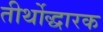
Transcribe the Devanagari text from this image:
तीर्थोद्धारक